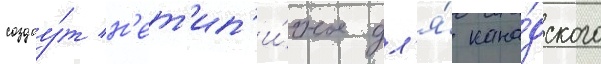
создау́т н'ет'ип'и́чное дл'я́ кана́дского